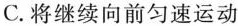
C.将继续向前匀速运动